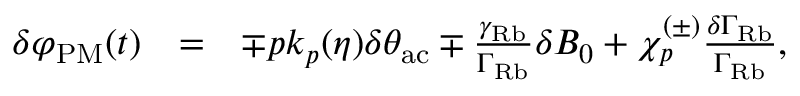
\begin{array} { r l r } { \delta \varphi _ { \mathrm { P M } } ( t ) } & { = } & { \mp p k _ { p } ( \eta ) \delta \theta _ { \mathrm { a c } } \mp \frac { \gamma _ { \mathrm { R b } } } { \Gamma _ { \mathrm { R b } } } \delta B _ { 0 } + \chi _ { p } ^ { ( \pm ) } \frac { \delta \Gamma _ { \mathrm { R b } } } { \Gamma _ { \mathrm { R b } } } , } \end{array}